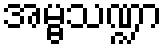
အမ္ဗသဏ္ဍာ